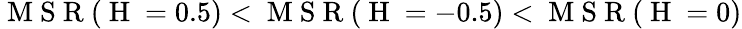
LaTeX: \mathrm{~M~S~R~}(\mathrm{~H~}=0.5)<\mathrm{~M~S~R~}(\mathrm{~H~}=-0.5)<\mathrm{~M~S~R~}(\mathrm{~H~}=0)